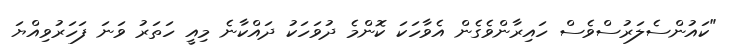
"ކައުންސެލަރުސްވެސް ހައިރާންވެގެން އެވާހަކަ ކޮންމެ ދުވަހަކު ދައްކާނެ މިއީ ހަތަރު ވަނަ ފަހަރުވިއްޔަ